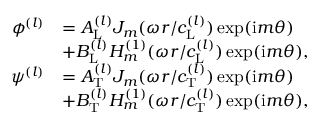
\begin{array} { r l } { \phi ^ { ( l ) } } & { = A _ { \mathrm { L } } ^ { ( l ) } J _ { m } ( \omega r / c _ { \mathrm { L } } ^ { ( l ) } ) \exp ( \mathrm { i } m \theta ) } \\ & { + B _ { \mathrm { L } } ^ { ( l ) } H _ { m } ^ { ( 1 ) } ( \omega r / c _ { \mathrm { L } } ^ { ( l ) } ) \exp ( \mathrm { i } m \theta ) , } \\ { \psi ^ { ( l ) } } & { = A _ { \mathrm { T } } ^ { ( l ) } J _ { m } ( \omega r / c _ { \mathrm { T } } ^ { ( l ) } ) \exp ( \mathrm { i } m \theta ) } \\ & { + B _ { \mathrm { T } } ^ { ( l ) } H _ { m } ^ { ( 1 ) } ( \omega r / c _ { \mathrm { T } } ^ { ( l ) } ) \exp ( \mathrm { i } m \theta ) , } \end{array}